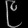
Digit: ၉